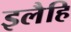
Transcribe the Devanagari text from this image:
इलैहि